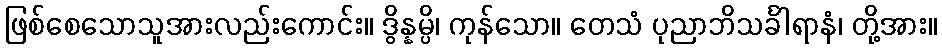
ဖြစ်စေသောသူအားလည်းကောင်း။ ဒွိန္နမ္ပိ၊ ကုန်သော။ တေသံ ပုညာဘိသင်္ခါရာနံ၊ တို့အား။